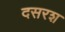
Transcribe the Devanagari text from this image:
दसरश